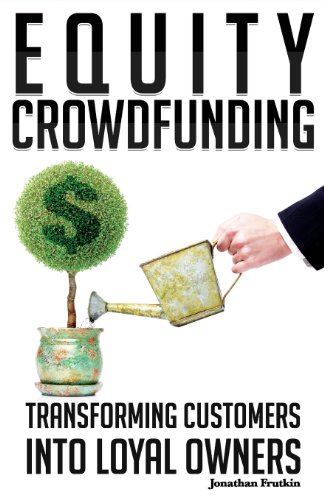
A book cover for Equity Crowdfunding: Transforming Customers into Loyal Owners; Jonathan Frutkin; Business & Money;